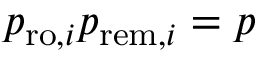
p _ { \mathrm { r o } , i } p _ { \mathrm { r e m } , i } = p